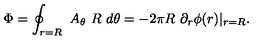
\Phi = \oint _ { r = R } \ A _ { \theta } \ R \ d \theta = - 2 \pi R \ \partial _ { r } \phi ( r ) \vert _ { r = R } .